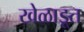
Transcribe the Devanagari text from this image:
खेळाडूत